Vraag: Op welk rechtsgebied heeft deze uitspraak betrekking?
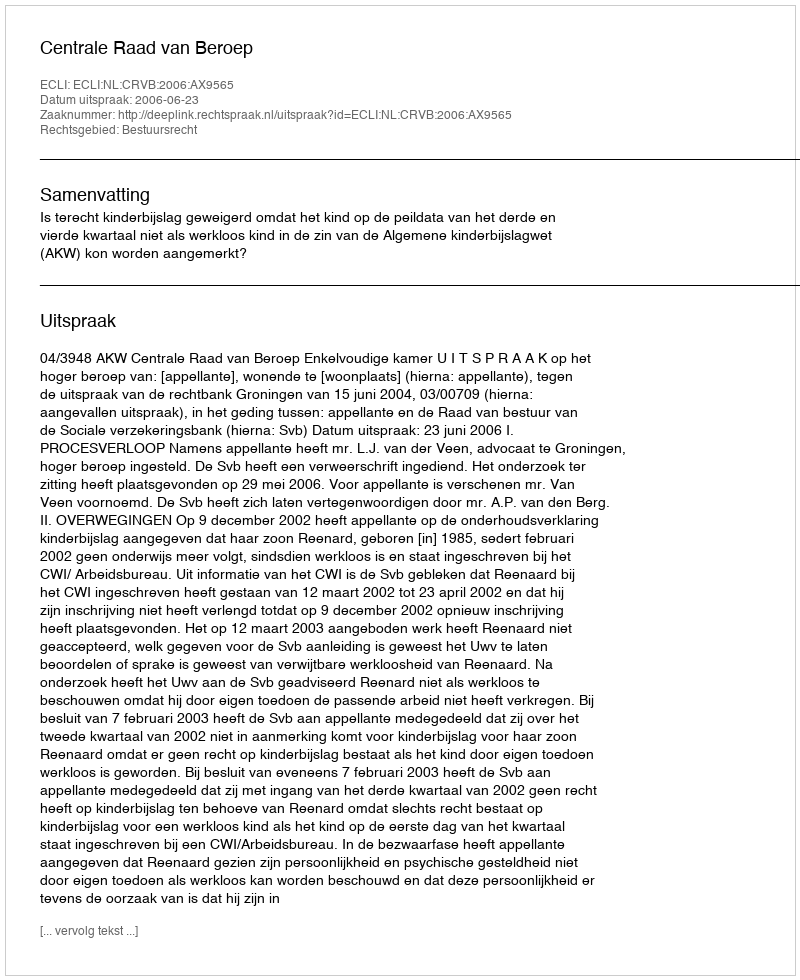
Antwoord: Bestuursrecht